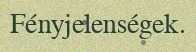
Fényjelenségek.